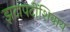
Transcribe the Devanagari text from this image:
झटापटींशिवाय